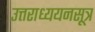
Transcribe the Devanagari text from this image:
उत्तराध्ययनसूत्र